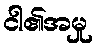
ငါ၏အမှု